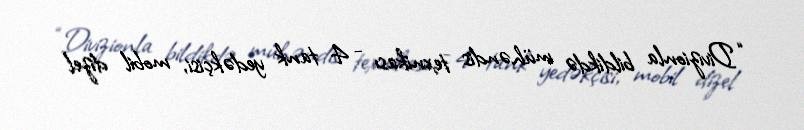
“Divizionla bildikdə mühəndis texnikası - 4 tank yedəkçisi, mobil dizel